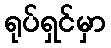
ရုပ်ရှင်မှာ